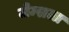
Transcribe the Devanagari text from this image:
जेम्सला